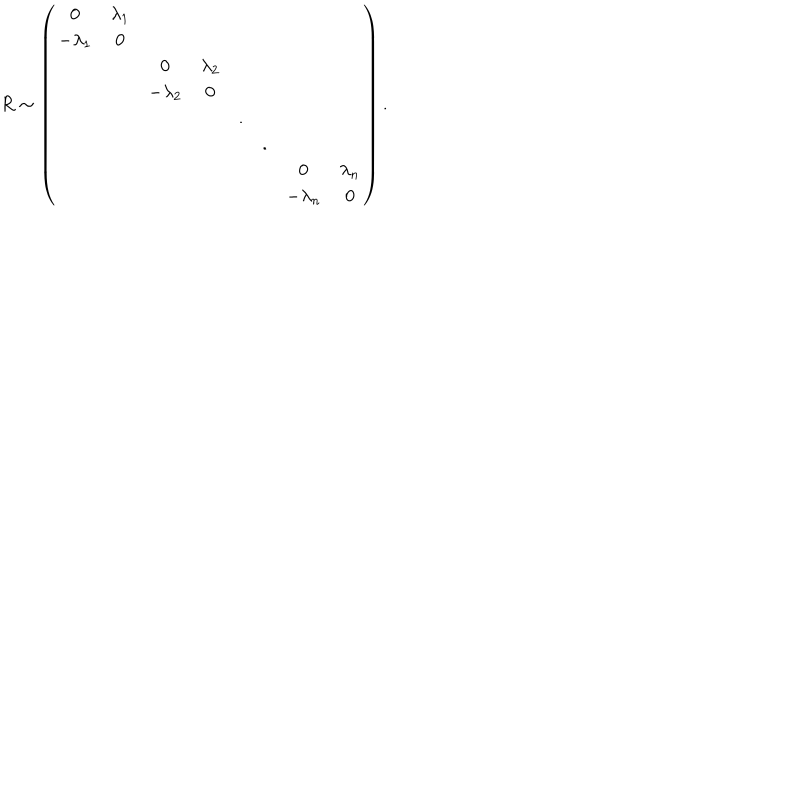
R \sim \left( \begin{matrix} { { 0 } } & { { \lambda _ { 1 } } } & { { } } & { { } } & { { } } & { { } } & { { } } & { { } } \\ { { - \lambda _ { 1 } } } & { { 0 } } & { { } } & { { } } & { { } } & { { } } & { { } } & { { } } \\ { { } } & { { } } & { { 0 } } & { { \lambda _ { 2 } } } & { { } } & { { } } & { { } } & { { } } \\ { { } } & { { } } & { { - \lambda _ { 2 } } } & { { 0 } } & { { } } & { { } } & { { } } & { { } } \\ { { } } & { { } } & { { } } & { { } } & { { . } } & { { } } & { { } } & { { } } \\ { { } } & { { } } & { { } } & { { } } & { { } } & { { . } } & { { } } & { { } } \\ { { } } & { { } } & { { } } & { { } } & { { } } & { { } } & { { 0 } } & { { \lambda _ { n } } } \\ { { } } & { { } } & { { } } & { { } } & { { } } & { { } } & { { - \lambda _ { n } } } & { { 0 } } \\ \end{matrix} \right) .